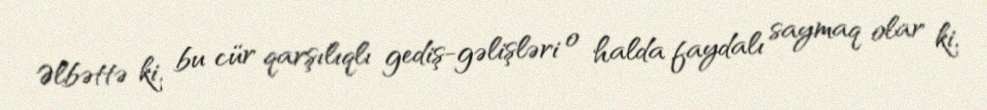
Əlbəttə ki, bu cür qarşılıqlı gediş-gəlişləri o halda faydalı saymaq olar ki,